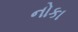
નોકા